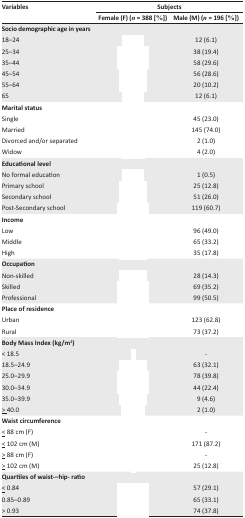
<table><thead><tr><td rowspan="3"><b>Variables</b></td><td colspan="2"><b>Subjects</b></td></tr><tr><td><b>Female (F) (<i>n</i> = 388 [%])</b></td><td><b>Male (M) (<i>n</i> = 196 [%])</b></td></tr></thead><tbody><tr><td colspan="3"><b>Socio demographic age in years</b></td></tr><tr><td>18–24</td><td>[EMPTY_CELL]</td><td>12 (6.1)</td></tr><tr><td>25–34</td><td>[EMPTY_CELL]</td><td>38 (19.4)</td></tr><tr><td>35–44</td><td>[EMPTY_CELL]</td><td>58 (29.6)</td></tr><tr><td>45–54</td><td>[EMPTY_CELL]</td><td>56 (28.6)</td></tr><tr><td>55–64</td><td>[EMPTY_CELL]</td><td>20 (10.2)</td></tr><tr><td>65</td><td>[EMPTY_CELL]</td><td>12 (6.1)</td></tr><tr><td colspan="3"><b>Marital status</b></td></tr><tr><td>Single</td><td>[EMPTY_CELL]</td><td>45 (23.0)</td></tr><tr><td>Married</td><td>[EMPTY_CELL]</td><td>145 (74.0)</td></tr><tr><td>Divorced and/or separated</td><td>[EMPTY_CELL]</td><td>2 (1.0)</td></tr><tr><td>Widow</td><td>[EMPTY_CELL]</td><td>4 (2.0)</td></tr><tr><td colspan="3"><b>Educational level</b></td></tr><tr><td>No formal education</td><td>[EMPTY_CELL]</td><td>1 (0.5)</td></tr><tr><td>Primary school</td><td>[EMPTY_CELL]</td><td>25 (12.8)</td></tr><tr><td>Secondary school</td><td>[EMPTY_CELL]</td><td>51 (26.0)</td></tr><tr><td>Post-Secondary school</td><td>[EMPTY_CELL]</td><td>119 (60.7)</td></tr><tr><td colspan="3"><b>Income</b></td></tr><tr><td>Low</td><td>[EMPTY_CELL]</td><td>96 (49.0)</td></tr><tr><td>Middle</td><td>[EMPTY_CELL]</td><td>65 (33.2)</td></tr><tr><td>High</td><td>[EMPTY_CELL]</td><td>35 (17.8)</td></tr><tr><td colspan="3"><b>Occupation</b></td></tr><tr><td>Non-skilled</td><td>[EMPTY_CELL]</td><td>28 (14.3)</td></tr><tr><td>Skilled</td><td>[EMPTY_CELL]</td><td>69 (35.2)</td></tr><tr><td>Professional</td><td>[EMPTY_CELL]</td><td>99 (50.5)</td></tr><tr><td colspan="3"><b>Place of residence</b></td></tr><tr><td>Urban</td><td>[EMPTY_CELL]</td><td>123 (62.8)</td></tr><tr><td>Rural</td><td>[EMPTY_CELL]</td><td>73 (37.2)</td></tr><tr><td colspan="3"><b>Body Mass Index (kg/m<sup>2</sup>)</b></td></tr><tr><td>&lt; 18.5</td><td>[EMPTY_CELL]</td><td>-</td></tr><tr><td>18.5–24.9</td><td>[EMPTY_CELL]</td><td>63 (32.1)</td></tr><tr><td>25.0–29.9</td><td>[EMPTY_CELL]</td><td>78 (39.8)</td></tr><tr><td>30.0–34.9</td><td>[EMPTY_CELL]</td><td>44 (22.4)</td></tr><tr><td>35.0–39.9</td><td>[EMPTY_CELL]</td><td>9 (4.6)</td></tr><tr><td>≥ 40.0</td><td>[EMPTY_CELL]</td><td>2 (1.0)</td></tr><tr><td colspan="3"><b>Waist circumference</b></td></tr><tr><td>≤88 cm (F)</td><td>[EMPTY_CELL]</td><td>-</td></tr><tr><td>≤102 cm (M)</td><td>[EMPTY_CELL]</td><td>171 (87.2)</td></tr><tr><td>≥88 cm (F)</td><td>[EMPTY_CELL]</td><td>-</td></tr><tr><td>≥102 cm (M)</td><td>[EMPTY_CELL]</td><td>25 (12.8)</td></tr><tr><td colspan="3"><b>Quartiles of waist-–hip-ratio</b></td></tr><tr><td>≤0.84</td><td>[EMPTY_CELL]</td><td>57 (29.1)</td></tr><tr><td>0.85–0.89</td><td>[EMPTY_CELL]</td><td>65 (33.1)</td></tr><tr><td>&gt; 0.93</td><td>[EMPTY_CELL]</td><td>74 (37.8)</td></tr></tbody></table>